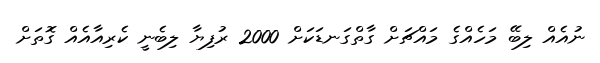
ނުއެއް ލިބޭ މަހެއްގެ މައްޗަށް ގާތްގަނޑަކަށް 2000 ރުފިޔާ ލިބެނީ ކެރިއާއެއް ގޮތަށް